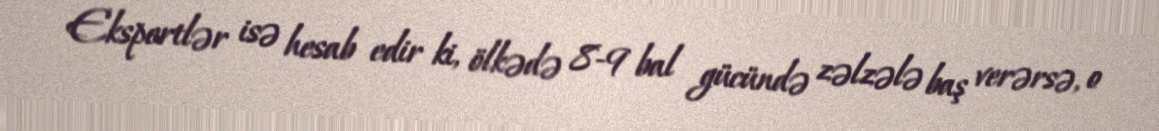
Ekspertlər isə hesab edir ki, ölkədə 8-9 bal gücündə zəlzələ baş verərsə, o